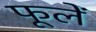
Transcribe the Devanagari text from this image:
फूलें